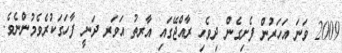
2009 ވަނަ އަހަރުން ފެށިގެން ދިވެހި ރާއްޖޭގައި އާރތު އަވަރ ދަނީ ފާހަގަކުރެވެމުންނެވެ.